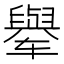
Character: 𬛼